Civil Veterinary Department. Madras. Admin. report 1926-33 - 1926-1933
Year: 1926
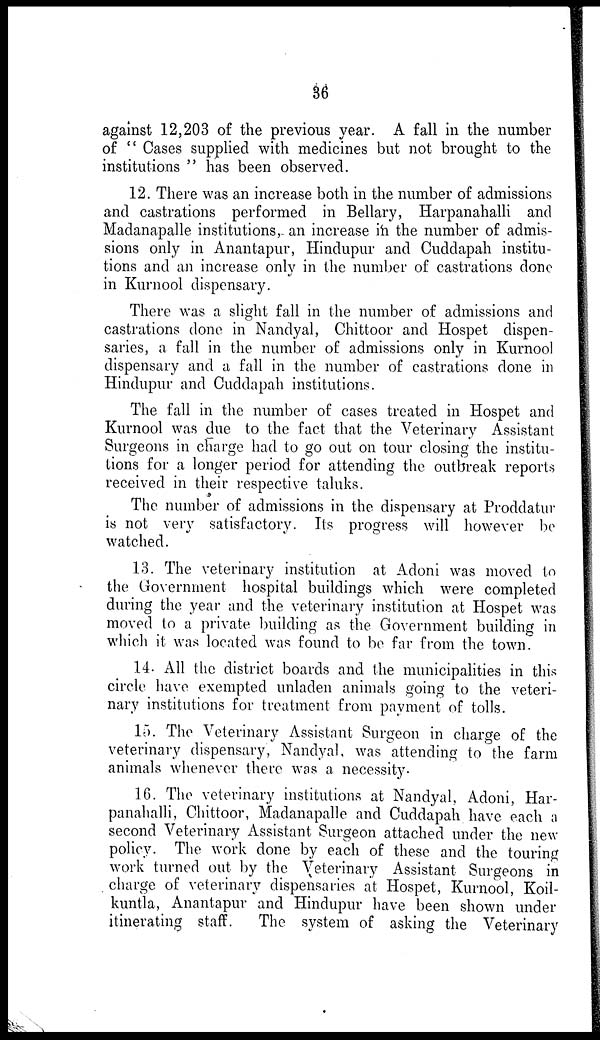
36
against 12,203 of the previous year. A fall in the number
of " Cases supplied with medicines but not brought to the
institutions " has been observed.
12. There was an increase both in the number of admissions
and castrations performed in Bellary, Harpanahalli and
Madanapalle institutions, an increase in the number of admis-
sions only in Anantapur, Hindupur and Cuddapah institu-
tions and an increase only in the number of castrations done
in Kurnool dispensary.
There was a slight fall in the number of admissions and
castrations done in Nandyal, Chittoor and Hospet dispen-
saries, a fall in the number of admissions only in Kurnool
dispensary and a fall in the number of castrations done in
Hindupur and Cuddapah institutions.
The fall in the number of cases treated in Hospet and
Kurnool was due to the fact that the Veterinary Assistant
Surgeons in charge had to go out on tour closing the institu-
tions for a longer period for attending the outbreak reports
received in their respective taluks.
The number of admissions in the dispensary at Proddatur
is not very satisfactory. Its progress will however be
watched.
13. The veterinary institution at Adoni was moved to
the Government hospital buildings which were completed
during the year and the veterinary institution at Hospet was
moved to a private building as the Government building in
which it was located was found to be far from the town.
14. All the district boards and the municipalities in this
circle have exempted unladen animals going to the veteri-
nary institutions for treatment from payment of tolls.
15. The Veterinary Assistant Surgeon in charge of the
veterinary dispensary, Nandyal, was attending to the farm
animals whenever there was a necessity.
16. The veterinary institutions at Nandyal, Adoni, Har-
panahalli, Chittoor, Madanapalle and Cuddapah have each a
second Veterinary Assistant Surgeon attached under the new
policy. The work done by each of these and the touring
work turned out by the Veterinary Assistant Surgeons in
charge of veterinary dispensaries at Hospet, Kurnool, Koil-
kuntla, Anantapur and Hindupur have been shown under
itinerating staff. The system of asking the Veterinary